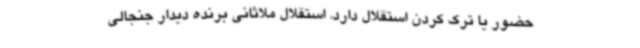
حضور یا ترک کردن استقلال دارد. استقلال ملاثانی برنده دیدار جنجالی